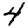
Digit: 4